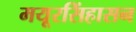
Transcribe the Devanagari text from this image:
मयूरसिंहासन